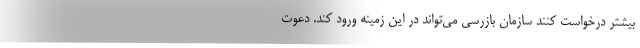
بیشتر درخواست کنند سازمان بازرسی می‌تواند در این زمینه ورود کند. دعوت